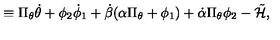
\equiv \Pi _ { \theta } \dot { \theta } + \phi _ { 2 } \dot { \phi } _ { 1 } + \dot { \beta } ( \alpha \Pi _ { \theta } + \phi _ { 1 } ) + \dot { \alpha } \Pi _ { \theta } \phi _ { 2 } - \tilde { \cal H } ,